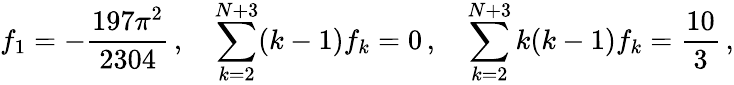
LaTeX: f_{1}=-\frac{197\pi^{2}}{2304}\, ,\quad\sum_{k=2}^{N+3}(k-1)f_{k}=0\, ,\quad\sum_{k=2}^{N+3}k(k-1)f_{k}=\frac{10}3\, ,